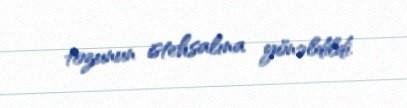
tozunun istehsalına yönəldildi.